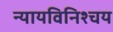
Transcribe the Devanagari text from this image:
न्यायविनिश्चय